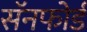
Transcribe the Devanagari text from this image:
सॅनफोर्ड